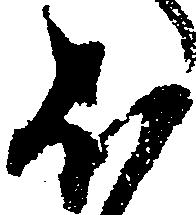
ほ